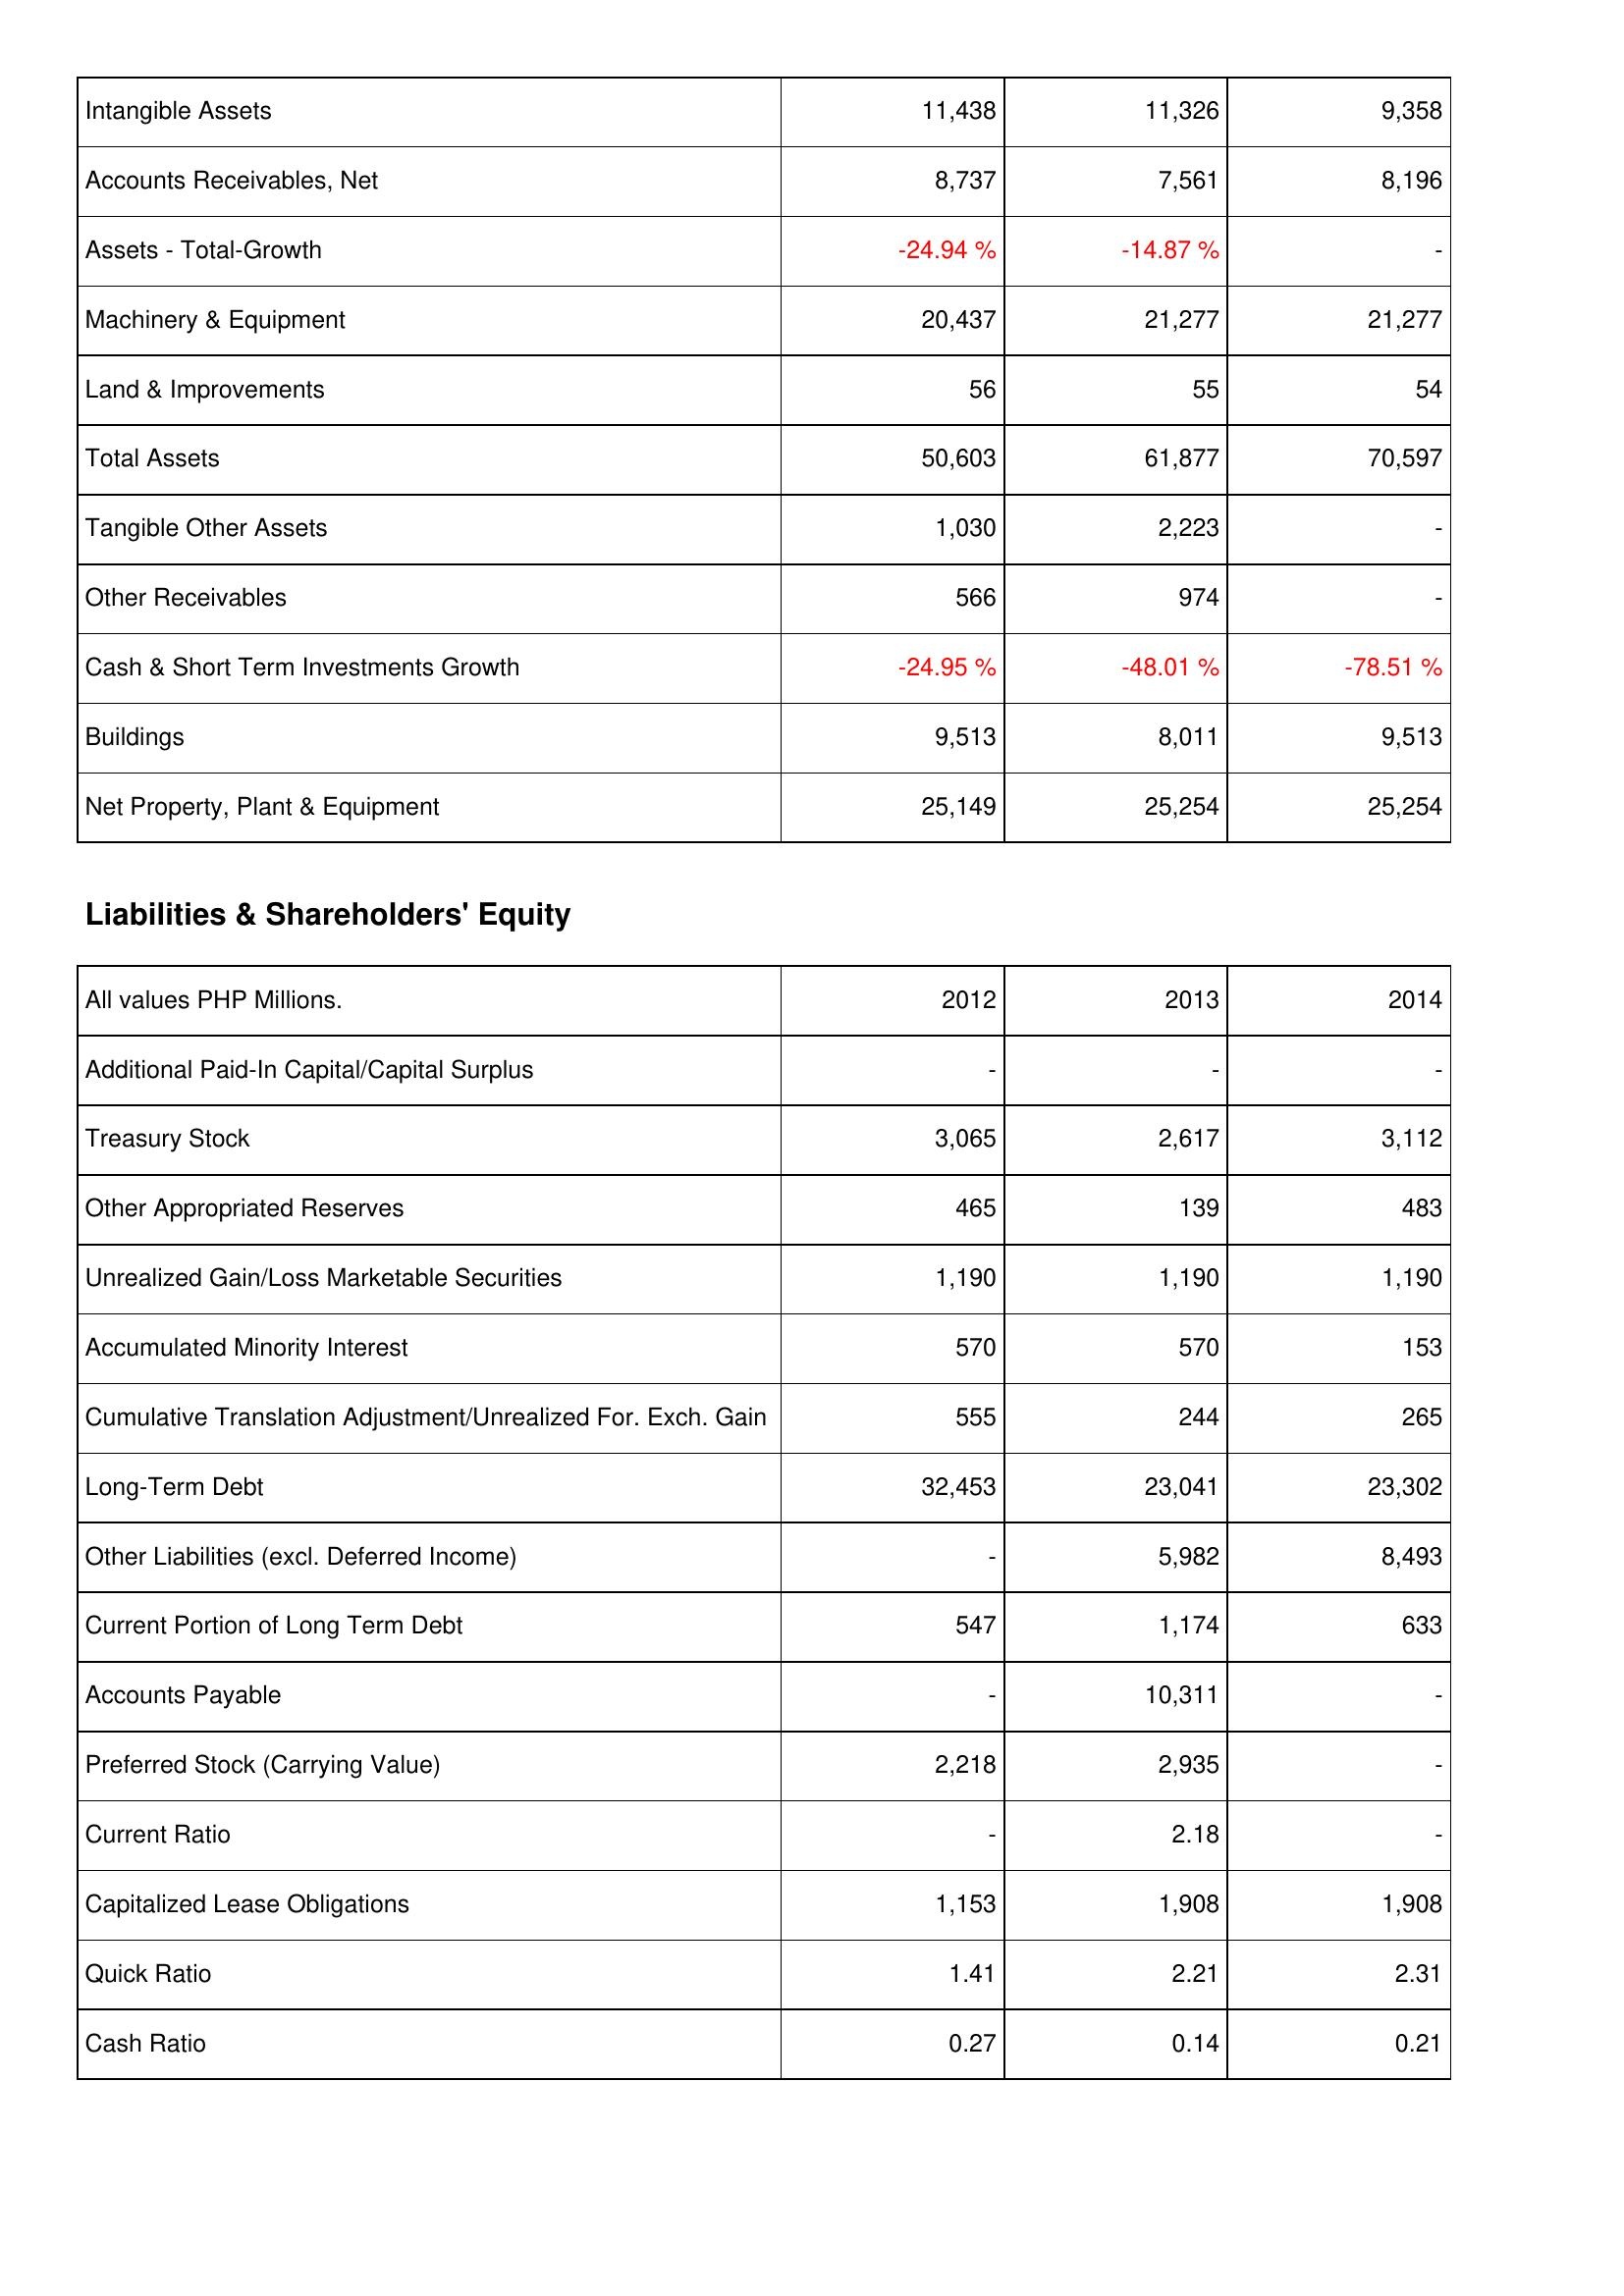
2012: Assets: Intangible Assets: 11,438
Accounts Receivables, Net: 8,737
Assets - Total-Growth: -24.94 %
Machinery & Equipment: 20,437
Land & Improvements: 56
Total Assets: 50,603
Tangible Other Assets: 1,030
Other Receivables: 566
Cash & Short Term Investments Growth: -24.95 %
Buildings: 9,513
Net Property, Plant & Equipment: 25,149
Liabilities & Shareholders' Equity: Additional Paid-In Capital/Capital Surplus: -
Treasury Stock: 3,065
Other Appropriated Reserves: 465
Unrealized Gain/Loss Marketable Securities: 1,190
Accumulated Minority Interest: 570
Cumulative Translation Adjustment/Unrealized For. Exch. Gain: 555
Long-Term Debt: 32,453
Other Liabilities (excl. Deferred Income): -
Current Portion of Long Term Debt: 547
Accounts Payable: -
Preferred Stock (Carrying Value): 2,218
Current Ratio: -
Capitalized Lease Obligations: 1,153
Quick Ratio: 1.41
Cash Ratio: 0.27
2013: Assets: Intangible Assets: 11,326
Accounts Receivables, Net: 7,561
Assets - Total-Growth: -14.87 %
Machinery & Equipment: 21,277
Land & Improvements: 55
Total Assets: 61,877
Tangible Other Assets: 2,223
Other Receivables: 974
Cash & Short Term Investments Growth: -48.01 %
Buildings: 8,011
Net Property, Plant & Equipment: 25,254
Liabilities & Shareholders' Equity: Additional Paid-In Capital/Capital Surplus: -
Treasury Stock: 2,617
Other Appropriated Reserves: 139
Unrealized Gain/Loss Marketable Securities: 1,190
Accumulated Minority Interest: 570
Cumulative Translation Adjustment/Unrealized For. Exch. Gain: 244
Long-Term Debt: 23,041
Other Liabilities (excl. Deferred Income): 5,982
Current Portion of Long Term Debt: 1,174
Accounts Payable: 10,311
Preferred Stock (Carrying Value): 2,935
Current Ratio: 2.18
Capitalized Lease Obligations: 1,908
Quick Ratio: 2.21
Cash Ratio: 0.14
2014: Assets: Intangible Assets: 9,358
Accounts Receivables, Net: 8,196
Assets - Total-Growth: -
Machinery & Equipment: 21,277
Land & Improvements: 54
Total Assets: 70,597
Tangible Other Assets: -
Other Receivables: -
Cash & Short Term Investments Growth: -78.51 %
Buildings: 9,513
Net Property, Plant & Equipment: 25,254
Liabilities & Shareholders' Equity: Additional Paid-In Capital/Capital Surplus: -
Treasury Stock: 3,112
Other Appropriated Reserves: 483
Unrealized Gain/Loss Marketable Securities: 1,190
Accumulated Minority Interest: 153
Cumulative Translation Adjustment/Unrealized For. Exch. Gain: 265
Long-Term Debt: 23,302
Other Liabilities (excl. Deferred Income): 8,493
Current Portion of Long Term Debt: 633
Accounts Payable: -
Preferred Stock (Carrying Value): -
Current Ratio: -
Capitalized Lease Obligations: 1,908
Quick Ratio: 2.31
Cash Ratio: 0.21